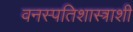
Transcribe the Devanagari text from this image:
वनस्पतिशास्त्राशी